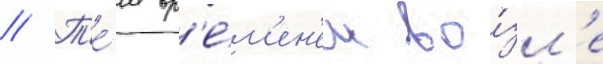
// Т'е́м вр'е́м'ен'ем во́зл'е